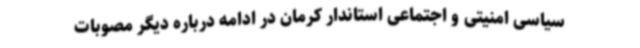
سیاسی امنیتی و اجتماعی استاندار کرمان در ادامه درباره دیگر مصوبات